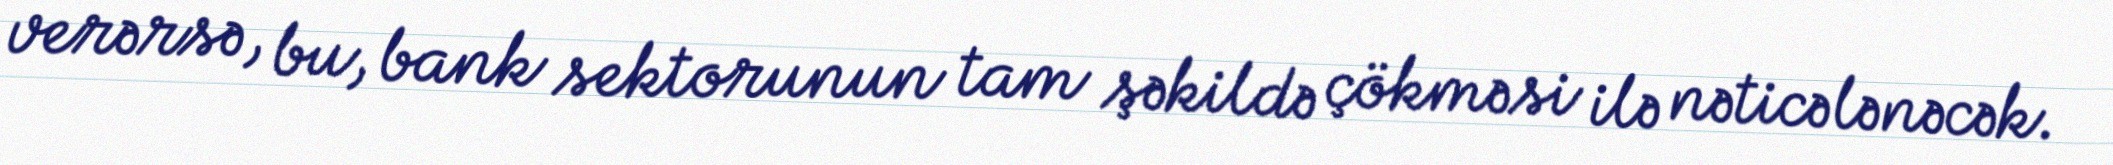
verərsə, bu, bank sektorunun tam şəkildə çökməsi ilə nəticələnəcək.